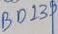
Text: B0139